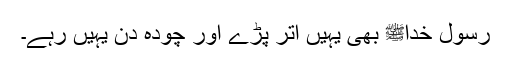
رسولِ خداﷺ بھی یہیں اتر پڑے اور چودہ دن یہیں رہے۔